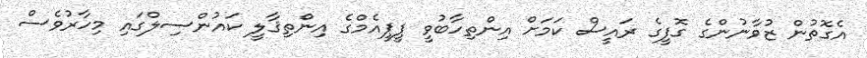
އެގޮތުން ޒުވާނުންގެ ގޮފީގެ ރައީސް ކަމަށް އިންތިހާބުވީ ޕީޕީއެމްގެ އިންތިޤާލީ ކައުންސިލްގައި މިހާރުވެސް